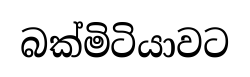
බක්මිටියාවට